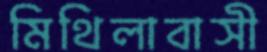
মিথিলাবাসী